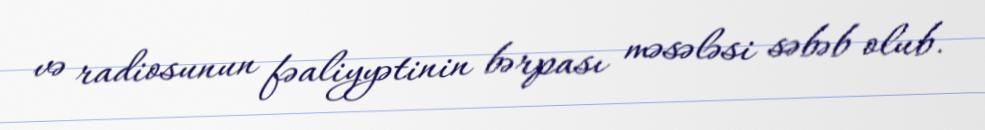
və radiosunun fəaliyyətinin bərpası məsələsi səbəb olub.